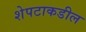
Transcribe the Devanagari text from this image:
शेपटाकडील